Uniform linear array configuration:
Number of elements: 16
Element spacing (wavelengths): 0.5
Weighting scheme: uniform
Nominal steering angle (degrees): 15
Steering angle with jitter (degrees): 16.077
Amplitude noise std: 0.05
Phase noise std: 0.05

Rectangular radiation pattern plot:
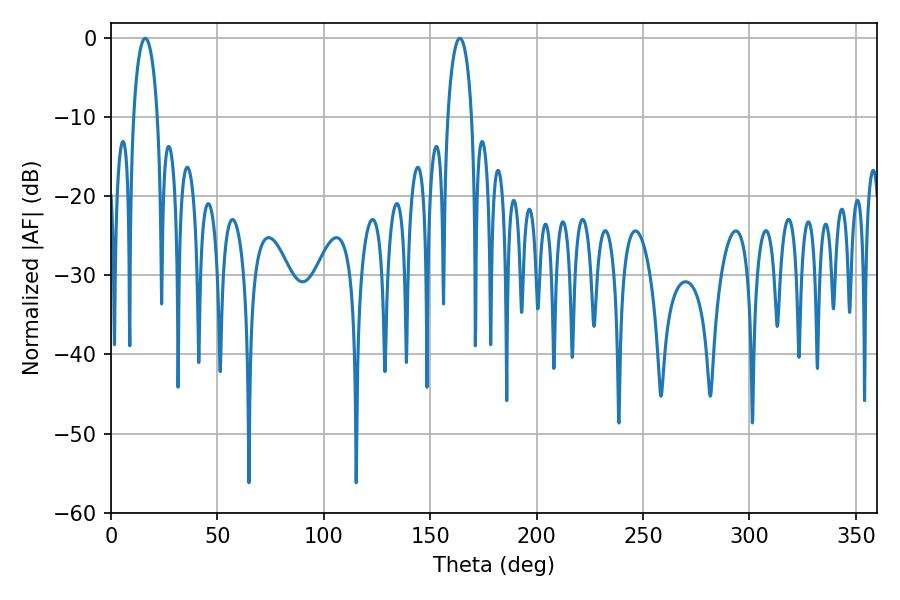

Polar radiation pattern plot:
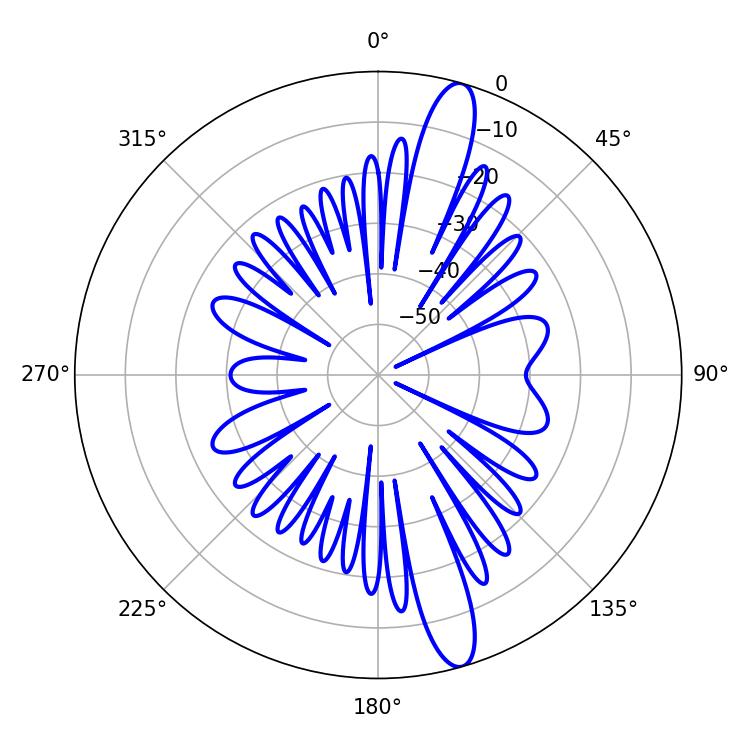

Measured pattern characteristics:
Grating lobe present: FALSE
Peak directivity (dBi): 14.5
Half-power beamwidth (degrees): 6.3
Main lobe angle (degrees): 16.02